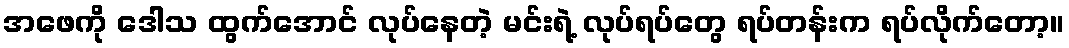
အဖေကို ဒေါသ ထွက်အောင် လုပ်နေတဲ့ မင်းရဲ့ လုပ်ရပ်တွေ ရပ်တန်းက ရပ်လိုက်တော့။